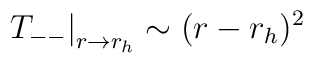
\left. T_{--}\right| _{r\rightarrow r_{h}}\sim (r-r_{h})^{2}